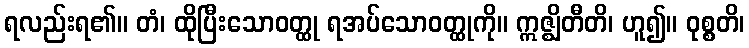
ရလည်းရ၏။ တံ၊ ထိုပြီးသောဝတ္ထု ရအပ်သောဝတ္ထုကို။ ဣဇ္ဈိတီတိ၊ ဟူ၍။ ဝုစ္စတိ၊